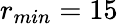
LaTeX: r_{min}=15